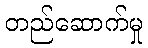
တည်ဆောက်မှု